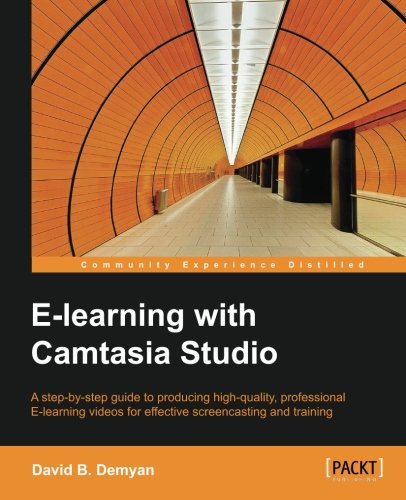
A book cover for E-Learning with Camtasia Studio; David B. Demyan; Computers & Technology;